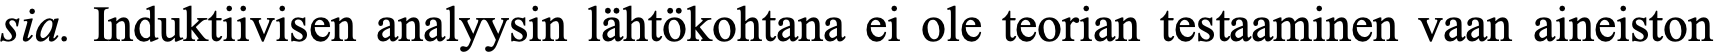
sia. Induktiivisen analyysin lähtökohtana ei ole teorian testaaminen vaan aineiston